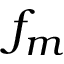
f _ { m }